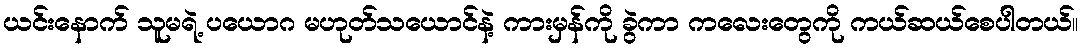
ယင်းနောက် သူမရဲ့ ပယောဂ မဟုတ်သယောင်နဲ့ ကားမှန်ကို ခွဲကာ ကလေးတွေကို ကယ်ဆယ်စေပါတယ်။